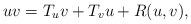
LaTeX: \begin{align*}uv= T_u v+ T_v u+ R(u, v),\end{align*}